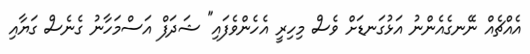
އެއްޗެއް ނޭނގެއެންނު އަޅުގަނޑަށް ވެސް މިހިރީ އެހެންވެފައި" ޝަދަފް އަސްމަހާނު ގެނެސް ގަޔާއި